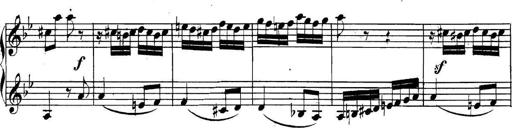
Title: Collected Piano Sonatas
Composer: Muzio Clementi